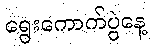
ရွေးကောက်ပွဲနေ့